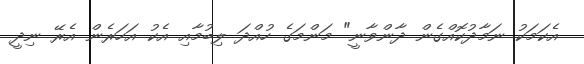
އެކަމަކު ނަމާދުކޮއްގެން ދާންވާނީ" މަންމަގެ ހުއްދަ ލިބުމާއި އެކު އަހަރެން އެރޭ ނިދީ